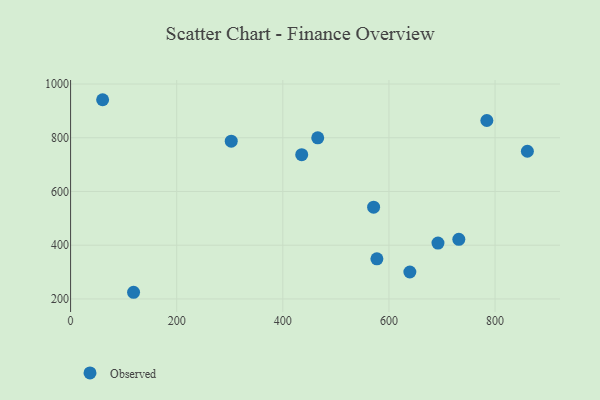
{"axis": {"x": "Study Hours", "y": "Profit"}, "legend": ["Observed"], "data": [{"x": "731.7", "y": 421.8, "type": "Observed"}, {"x": "435.6", "y": 736.9, "type": "Observed"}, {"x": "118.7", "y": 224.8, "type": "Observed"}, {"x": "302.8", "y": 787.4, "type": "Observed"}, {"x": "860.9", "y": 749.7, "type": "Observed"}, {"x": "465.8", "y": 799.6, "type": "Observed"}, {"x": "692.4", "y": 407.9, "type": "Observed"}, {"x": "784.5", "y": 864.1, "type": "Observed"}, {"x": "639.4", "y": 300.3, "type": "Observed"}, {"x": "60.4", "y": 941.5, "type": "Observed"}, {"x": "571.1", "y": 541.4, "type": "Observed"}, {"x": "577.3", "y": 349.3, "type": "Observed"}]}